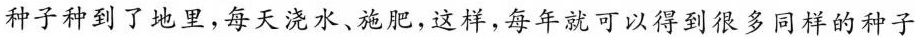
种子种到了地里，每天浇水、施肥，这样，每年就可以得到很多同样的种子